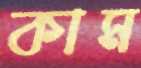
কাম